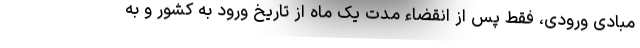
مبادی ورودی، فقط پس از انقضاء مدت یک ماه از تاریخ ورود به کشور و به